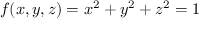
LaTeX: f ( x , y , z ) = x ^ { 2 } + y ^ { 2 } + z ^ { 2 } = 1